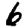
Digit: 6